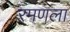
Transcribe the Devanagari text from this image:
रमणला